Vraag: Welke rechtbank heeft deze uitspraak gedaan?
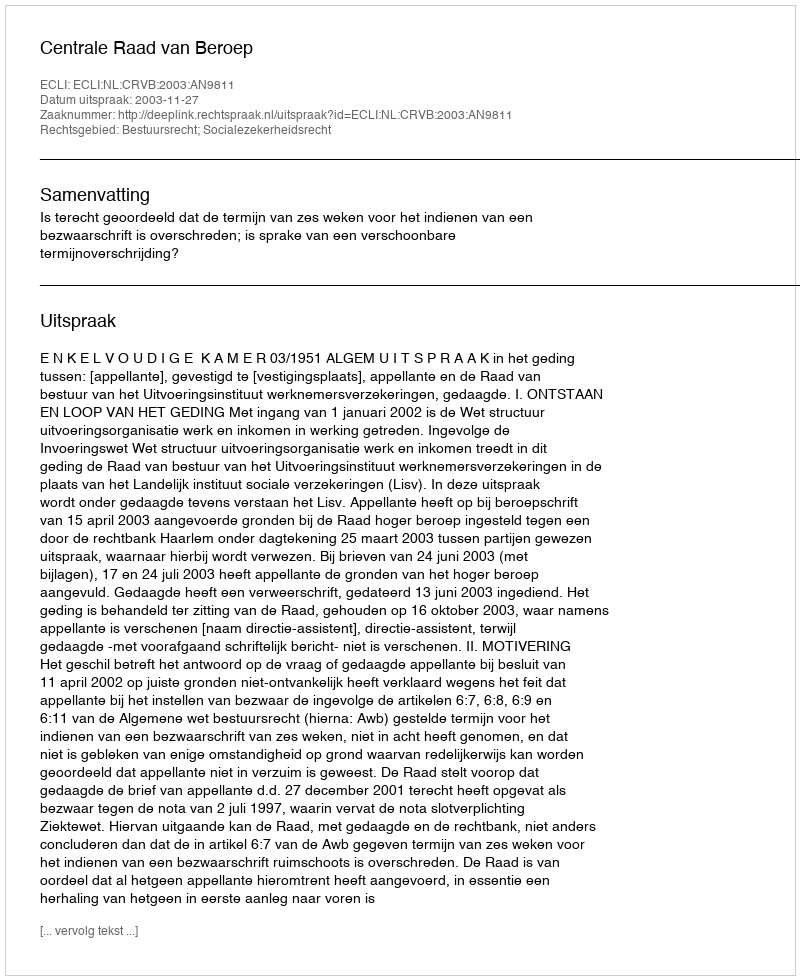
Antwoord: Centrale Raad van Beroep